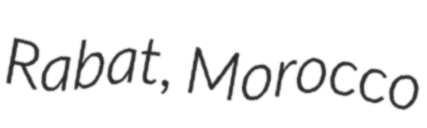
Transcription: Rabat, Morocco